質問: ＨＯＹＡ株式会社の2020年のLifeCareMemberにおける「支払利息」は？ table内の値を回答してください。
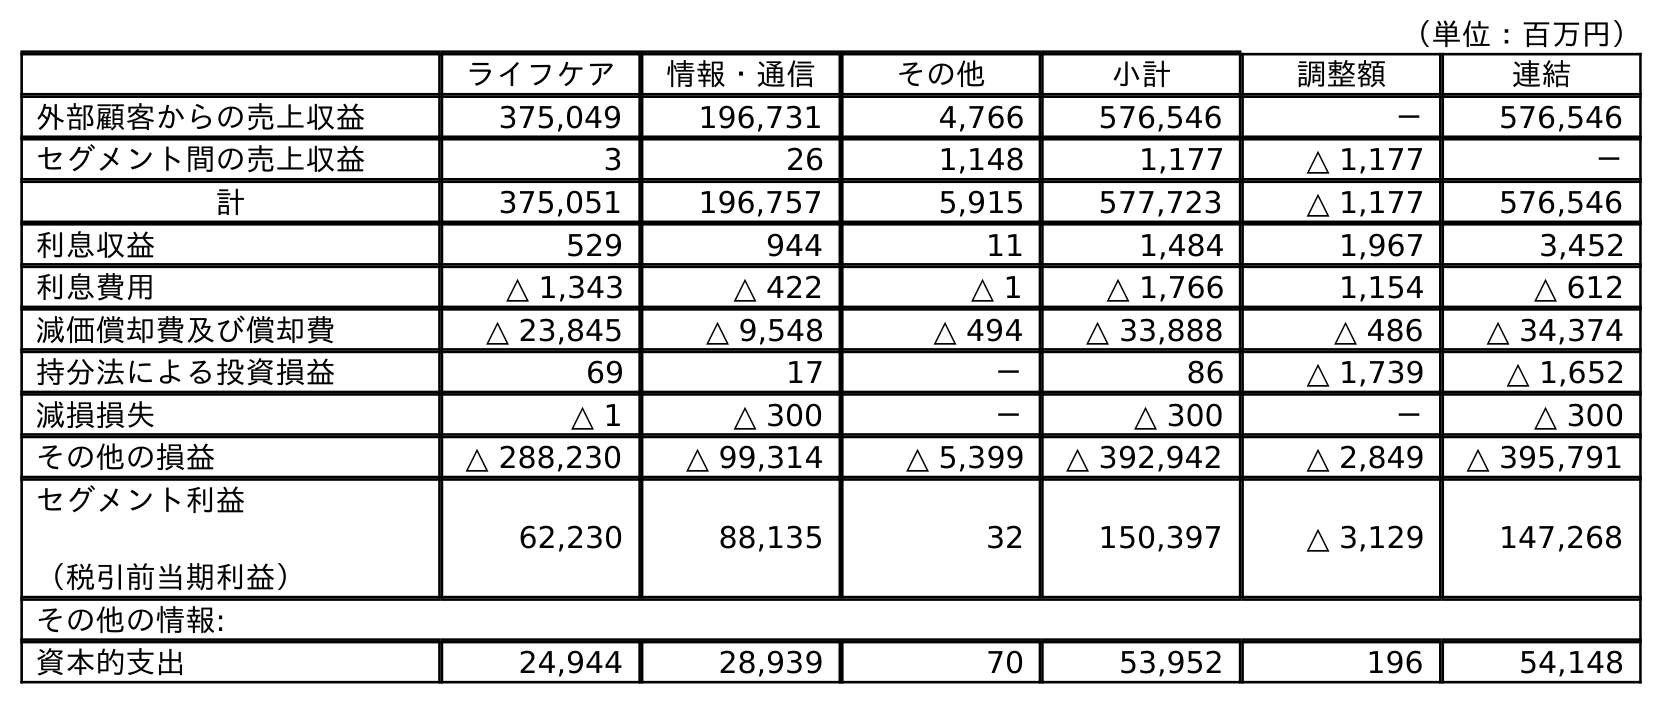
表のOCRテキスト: （単位：百万円） ライフケア 情報・通信 その他 小計 調整額 連結 外部顧客からの売上収益 375,049 196,731 4,766 576,546 － 576,546 セグメント間の売上収益 3 26 1,148 1,177 △ 1,177 － 計 375,051 196,757 5,915 577,723 △ 1,177 576,546 利息収益 529 944 11 1,484 1,967 3,452 利息費用 △ 1,343 △ 422 △ 1 △ 1,766 1,154 △ 612 減価償却費及び償却費 △ 23,845 △ 9,548 △ 494 △ 33,888 △ 486 △ 34,374 持分法による投資損益 69 17 － 86 △ 1,739 △ 1,652 減損損失 △ 1 △ 300 － △ 300 － △ 300 その他の損益 △ 288,230 △ 99,314 △ 5,399 △ 392,942 △ 2,849 △ 395,791 セグメント利益 （税引前当期利益） 62,230 88,135 32 150,397 △ 3,129 147,268 その他の情報: 資本的支出 24,944 28,939 70 53,952 196 54,148
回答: △1,343